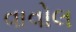
વાવોલ